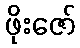
ဖိုးဇော်